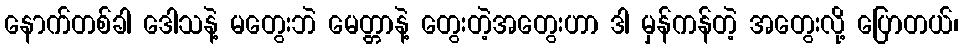
နောက်တစ်ခါ ဒေါသနဲ့ မတွေးဘဲ မေတ္တာနဲ့ တွေးတဲ့အတွေးဟာ ဒါ မှန်ကန်တဲ့ အတွေးလို့ ပြောတယ်၊